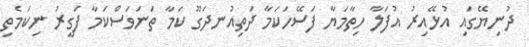
ދުނިޔޭގައި އުޅޭއިރު އުފަލާ ހިތާމަޔާ ފަސޭހަކަމާ ދަތިއުނދަގޫ ކަމާ ތަނަވަސްކަމާ ފަގީރު ނިކަމެތި